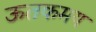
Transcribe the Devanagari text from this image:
ऊतकमय